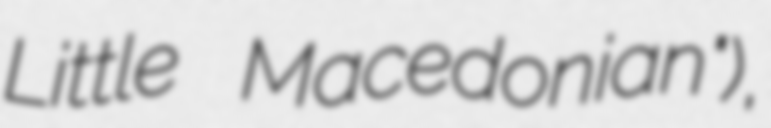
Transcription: Little Macedonian"),